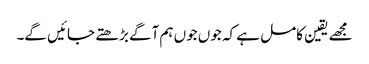
مجھے یقین کامل ہے کہ جوں جوں ہم آگے بڑھتے جائیں گے۔